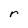
Character: r